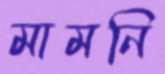
মামনি